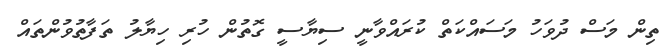
ތިން މަސް ދުވަހު މަސައްކަތް ކުރައްވާނީ ސިޔާސީ ގޮތުން ހުރި ހިޔާލު ތަފާތުވުންތައް